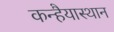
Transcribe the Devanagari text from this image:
कन्हैयास्थान